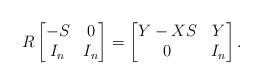
LaTeX: \begin{align*}R\begin{bmatrix}-S&0\\I_n&I_n\end{bmatrix}=\begin{bmatrix}Y-XS&Y\\0&I_n\end{bmatrix}.\end{align*}